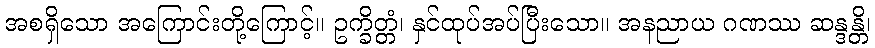
အစရှိသော အကြောင်းတို့ကြောင့်။ ဥက္ခိတ္တံ၊ နှင်ထုပ်အပ်ပြီးသော။ အနညာယ ဂဏဿ ဆန္ဒန္တိ၊